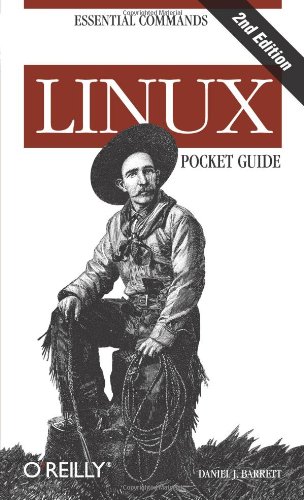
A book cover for Linux Pocket Guide, 2nd Edition; Daniel J. Barrett; Computers & Technology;